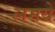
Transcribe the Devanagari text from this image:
लमये